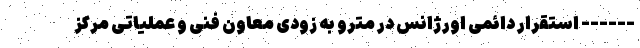
------ استقرار دائمی اورژانس در مترو به زودی معاون فنی و عملیاتی مرکز